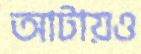
আটায়ও